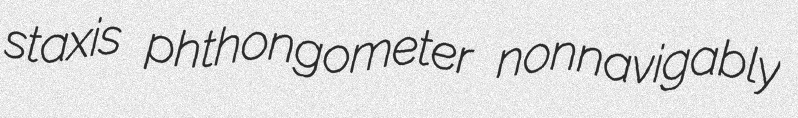
staxis phthongometer nonnavigably